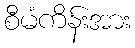
စီမံကိန်းအား